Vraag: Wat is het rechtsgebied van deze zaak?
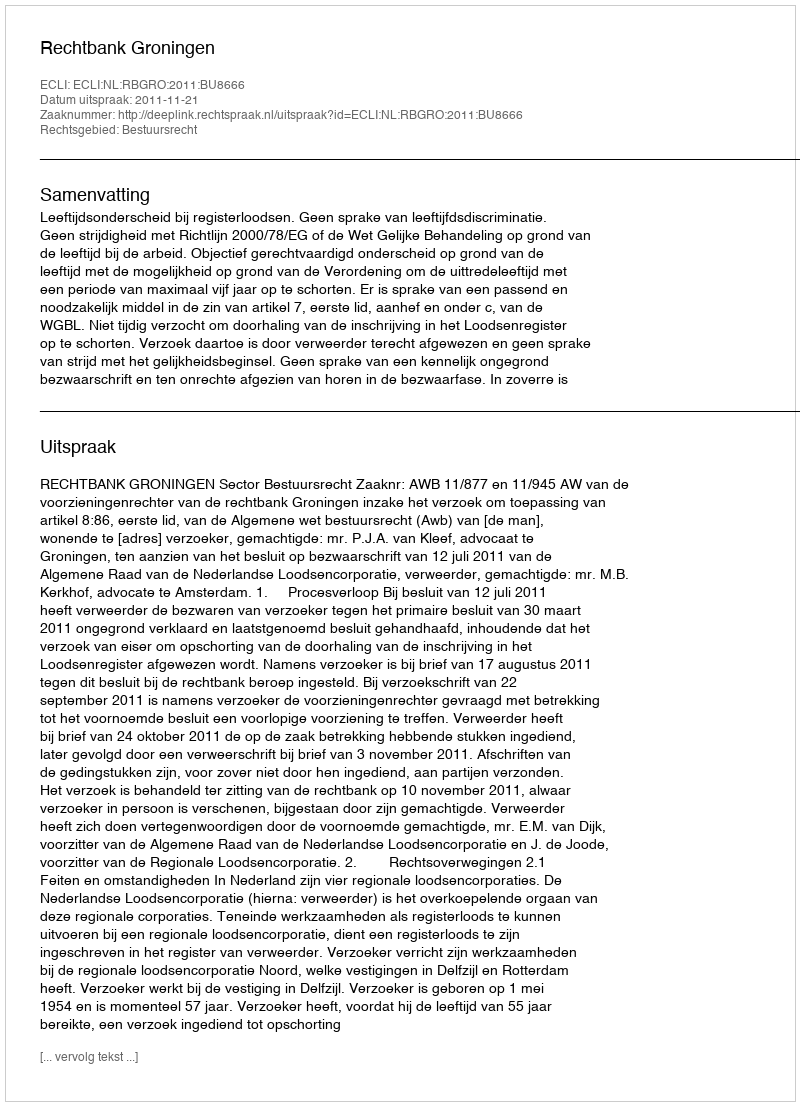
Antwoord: Bestuursrecht